Civil Veterinary Department Bengal reports 1923-33 - 1923-1933
Year: 1923
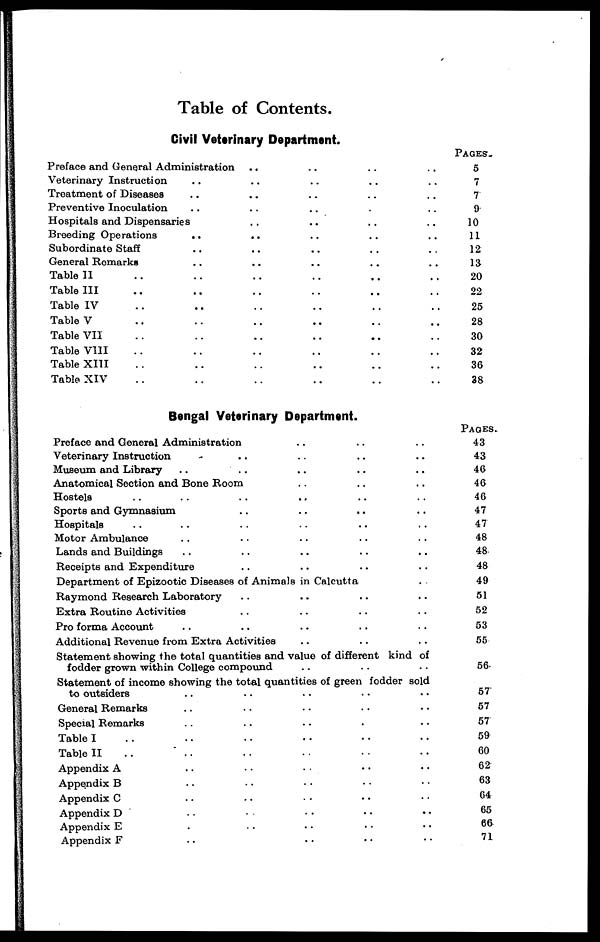
Table of Contents.
Civil Veterinary Department.
Preface and General Administration .. .. .. ..
Veterinary Instruction .. .. .. .. ..
Treatment of Diseases .. .. .. .. ..
Preventive Inoculation .. .. .. .. ..
Hospitals and Dispensaries .. .. .. .. ..
Breeding Operations .. .. .. .. ..
Subordinate Staff .. .. .. .. ..
General Remarks .. .. .. .. ..
Table II .. .. .. .. .. ..
Table III .. .. .. .. ..
Table IV .. .. .. .. ..
Table V .. .. .. .. ..
Table VII .. .. .. .. ..
Table VIII .. .. .. .. .. ..
Table XIII .. .. .. .. .. ..
Table XIV .. .. .. .. ..
PAGES
5
7
7
9
10
11
12
13
20
22
25
28
30
32
36
38
Bengal Veterinary Department.
Preface and General Administration .. .. ..
Veterinary Instruction .. .. .. .. ..
Museum and Library .. .. .. .. ..
Anatomical Section and Bone Room .. .. ..
Hostels .. .. .. .. ..
Sports and Gymnasium .. .. .. ..
Hospitals .. .. .. .. .. ..
Motor Ambulance .. .. .. .. ..
Lands and Buildings .. .. .. .. ..
Receipts and Expenditure .. .. .. .. ..
Department of Epizootic Diseases of Animals in Calcutta ..
Raymond Research Laboratory .. .. .. ..
Extra Routine Activities .. .. .. ..
Pro forma Account .. .. .. .. .. ..
Additional Revenue from Extra Activities .. .. ..
Statement showing the total quantities and value of different kind of
fodder grown within College compound .. .. ..
Statement of income showing the total quantities of green fodder sold
to outsiders .. .. .. .. ..
General Remarks .. .. .. .. ..
Special Remarks .. .. .. .. ..
Table I .. .. .. .. ..
Table II .. .. .. .. ..
Appendix A .. .. .. .. ..
Appendix B .. .. .. .. ..
Appendix C .. .. .. .. ..
Appendix D .. .. .. .. ..
Appendix E .. .. .. .. ..
Appendix F .. .. .. .. ..
PAGES.
43
43
46
46
46
47
47
48
48
48
49
51
52
53
55
56
57
57
57
59
60
62
63
64
65
66
71